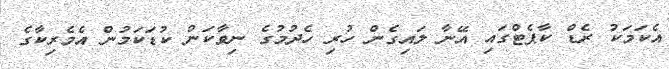
އެކަމަކު ރެޑް ކާޕެޓްގައި އޭނާ ލައިގެން ހުރި ހެދުމުގެ ނިވާކަން ކުޑަކަމުން އެމެރިކާގެ